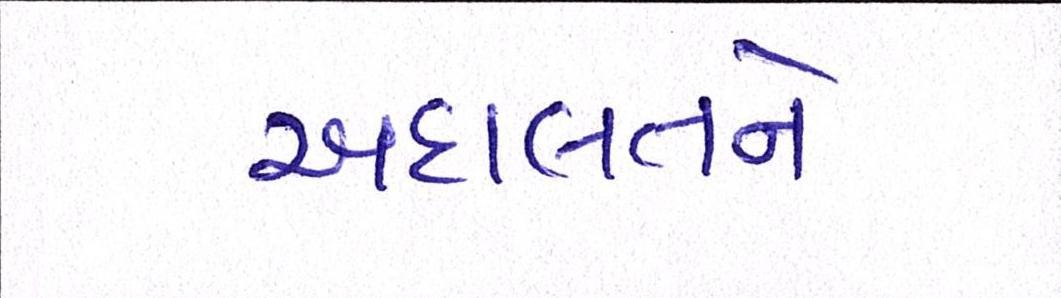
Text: અદાલતને